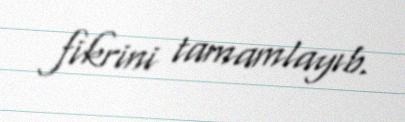
fikrini tamamlayıb.